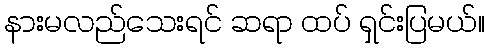
နားမလည်သေးရင် ဆရာ ထပ် ရှင်းပြမယ်။